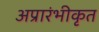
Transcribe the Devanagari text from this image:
अप्रारंभीकृत